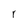
Character: r